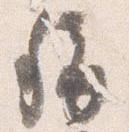
称